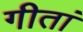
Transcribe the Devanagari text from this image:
गीतां